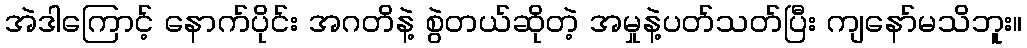
အဲဒါကြောင့် နောက်ပိုင်း အဂတိနဲ့ စွဲတယ်ဆိုတဲ့ အမှုနဲ့ပတ်သတ်ပြီး ကျနော်မသိဘူး။